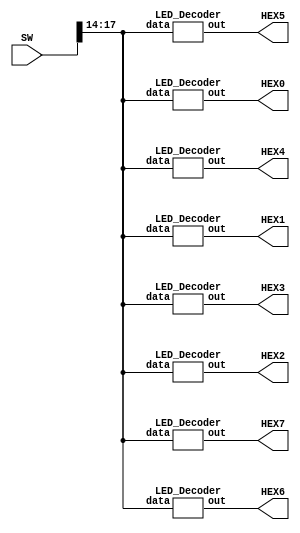
module HW2(SW, HEX0, HEX1, HEX2, HEX3, HEX4, HEX5, HEX6, HEX7);
	input [18:0] SW;
	output [6:0] HEX0,HEX1,HEX2,HEX3,HEX4,HEX5,HEX6,HEX7;

	reg [3:0] num1_1, num1_2, num2_1, num2_2, num3_1, num3_2, num4_1, num4_2;
	
	LED_Decoder U_1(.data(SW[17:14]), .out(HEX7));
	LED_Decoder U_2(.data(SW[17:14]), .out(HEX6));
	LED_Decoder U_3(.data(SW[17:14]), .out(HEX5));
	LED_Decoder U_4(.data(SW[17:14]), .out(HEX4));
	LED_Decoder U_5(.data(SW[17:14]), .out(HEX3));
	LED_Decoder U_6(.data(SW[17:14]), .out(HEX2));
	LED_Decoder U_7(.data(SW[17:14]), .out(HEX1));
	LED_Decoder U_8(.data(SW[17:14]), .out(HEX0));
	
endmodule

module LED_Decoder(data, out);
	input [3:0] data;
	output reg [6:0] out;
	
	always@(*)begin
	
		case(data)
			0 : out <= ~7'b0111111;
			1 : out <= ~7'b0000110; 
			2 : out <= ~7'b1011011;
			3 : out <= ~7'b1001111;
			4 : out <= ~7'b1100110;
			5 : out <= ~7'b1101101;
			6 : out <= ~7'b1111101;
			7 : out <= ~7'b0000111;
			8 : out <= ~7'b1111111;
			9 : out <= ~7'b1101111;
			10: out <= ~7'b1110111;
			11: out <= ~7'b1111100;
			12: out <= ~7'b1011000;
			13: out <= ~7'b1011110;
			14: out <= ~7'b1111001;
			15: out <= ~7'b1110001;
		endcase
		
	end

endmodule
// {HEX3,HEX2,HEX1,HEX0} = 28'b0111110_1010100_1011110_1110001;